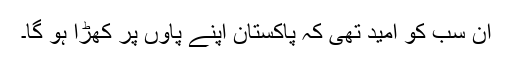
ان سب کو امید تھی کہ پاکستان اپنے پاوں پر کھڑا ہو گا۔